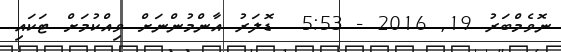
ނޮވެމްބަރު 19